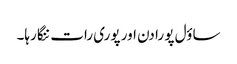
ساؤل پو را دن اور پوری رات ننگا رہا۔